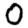
Digit: 0